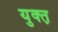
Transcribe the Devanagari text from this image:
युक्त़